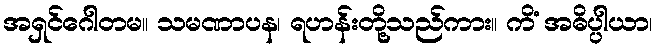
အရှင်ဂေါတမ။ သမဏာပန၊ ရဟန်းတို့သည်ကား။ ကိံ အဓိပ္ပါယာ၊